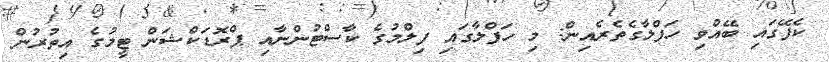
ކެފޭގައި ބޭއްވި ހަފްލާގެތެރެއިން: މި ހަފްލާގައި ފިލްމުގެ ކާސްޓުންނާއި ޕްރޮޑަކްޝަން ޓީމުގެ އިތުރުން